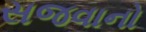
સજવાનો